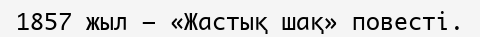
1857 жыл — «Жастық шақ» повесті.